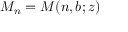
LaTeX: M _ { n } = M ( n , b ; z )